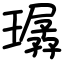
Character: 㻵